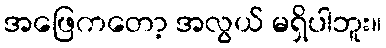
အဖြေကတော့ အလွယ် မရှိပါဘူး။